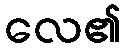
လေ၏